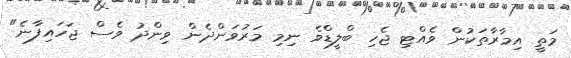
މަތީ އިމާރާތަކުން ވެއްޓި ޖެހި ބްލީޑްވެ ނިމި މަރުވަންދެން ވިންދު ވެސް ޖަހައިފާނެ"